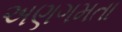
અણગમતા